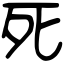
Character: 死